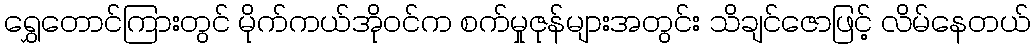
ရွှေတောင်ကြားတွင် မိုက်ကယ်အိုဝင်က စက်မှုဇုန်များအတွင်း သိချင်ဇောဖြင့် လိမ်နေတယ်